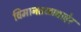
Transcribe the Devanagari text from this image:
विमानतळाबाहेर